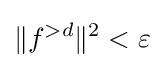
\|f^{>d}\|^{2}<\varepsilon